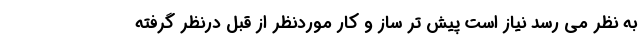
به نظر می رسد نیاز است پیش تر ساز و کار موردنظر از قبل درنظر گرفته